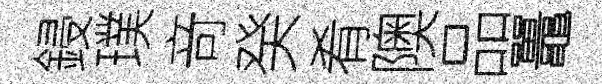
鋟璞竒癸肴隩品鼉